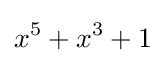
x^{5}+x^{3}+1